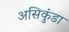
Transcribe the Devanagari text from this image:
असिकुंडा